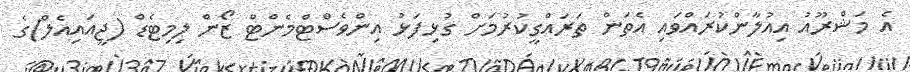
އެ މަޝްރޫއު އިއުލާންކުރައްވައި އެތަން ތަރައްގީކުރުމަށް ގުޅިފަޅު އިންވެސްޓްމެންޓް ޒޯން ލިމިޓެޑް (ޖީއައިއެލް)ގެ